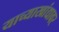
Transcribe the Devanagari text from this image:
याच्याखांद्यावर